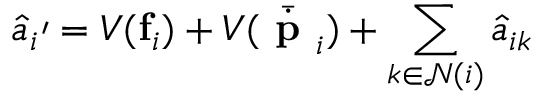
\hat { a } _ { i } \prime = V ( \mathbf { f } _ { i } ) + V ( \bar { \dot { \textbf { p } } } _ { i } ) + \sum _ { k \in \mathcal { N } ( i ) } \hat { a } _ { i k }